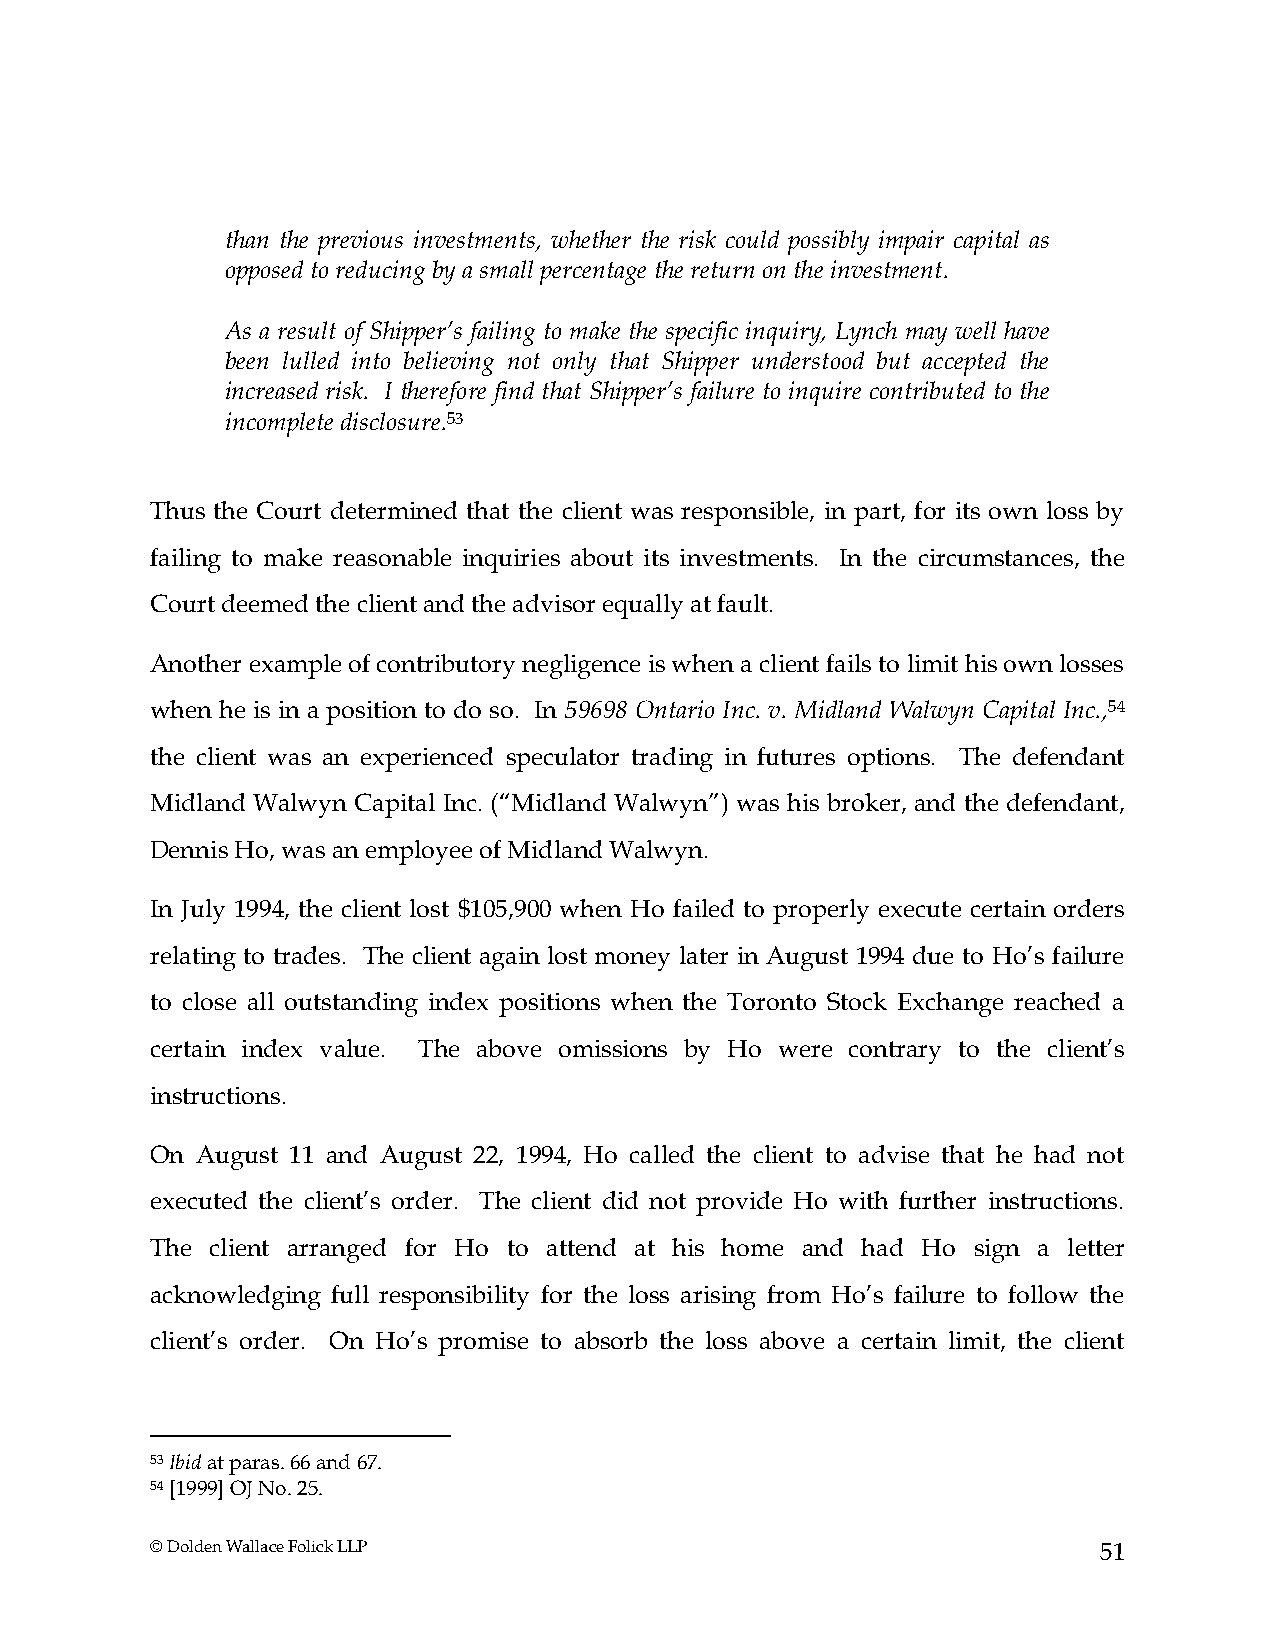
than the previous investments, whether the risk could possibly impair capital as
 opposed to reducing by a small percentage the return on the investment.
 As a result of Shipper’s failing to make the specific inquiry, Lynch may well have
 been lulled into believing not only that Shipper understood but accepted the
 increased risk. I therefore find that Shipper’s failure to inquire contributed to the
 incomplete disclosure.53
 Thus the Court determined that the client was responsible, in part, for its own loss by
 failing to make reasonable inquiries about its investments. In the circumstances, the
 Court deemed the client and the advisor equally at fault.
 Another example of contributory negligence is when a client fails to limit his own losses
 when he is in a position to do so. In 59698 Ontario Inc. v. Midland Walwyn Capital Inc.,54
 the client was an experienced speculator trading in futures options. The defendant
 Midland Walwyn Capital Inc. (“Midland Walwyn”) was his broker, and the defendant,
 Dennis Ho, was an employee of Midland Walwyn.
 In July 1994, the client lost $105,900 when Ho failed to properly execute certain orders
 relating to trades. The client again lost money later in August 1994 due to Ho’s failure
 to close all outstanding index positions when the Toronto Stock Exchange reached a
 certain index value. The above omissions by Ho were contrary to the client’s
 instructions.
 On August 11 and August 22, 1994, Ho called the client to advise that he had not
 executed the client’s order. The client did not provide Ho with further instructions.
 The client arranged for Ho to attend at his home and had Ho sign a letter
 acknowledging full responsibility for the loss arising from Ho’s failure to follow the
 client’s order. On Ho’s promise to absorb the loss above a certain limit, the client
 53 Ibid at paras. 66 and 67.
 54 [1999] OJ No. 25.
 © Dolden Wallace Folick LLP                                    51